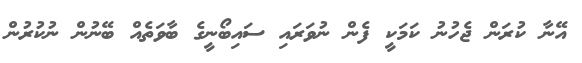
އޭނާ ކުރަން ޖެހުނު ކަމަކީ ފެން ނުވަރައި ސައިބޯނީގެ ބާވަތެއް ބޭނުން ނުކުރުން